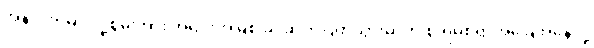
အနာဂတ်မှာ လူ့စွမ်းအား အရင်းအမြစ် ခါးဆက်ပြတ်သွားမှာကို စိုးရိမ်စရာအခြေအနေလို့